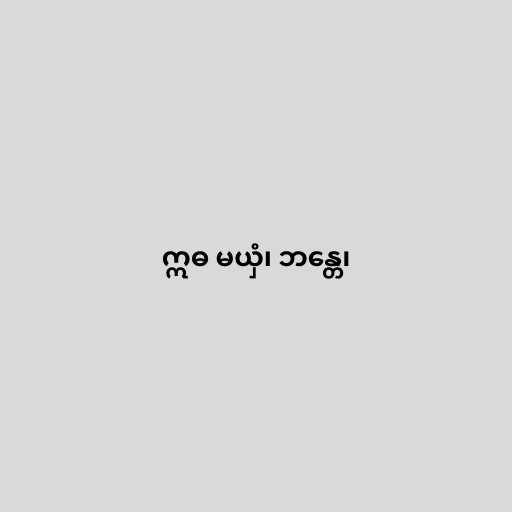
ဣဓ မယှံ၊ ဘန္တေ၊